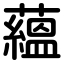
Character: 蘊